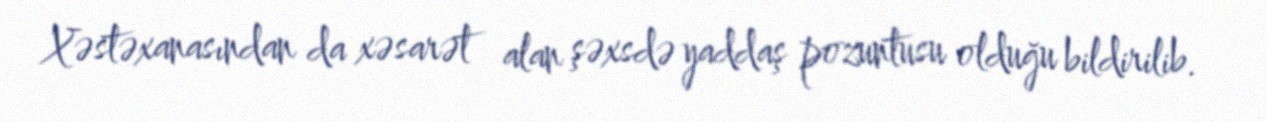
Xəstəxanasından da xəsarət alan şəxsdə yaddaş pozuntusu olduğu bildirilib.